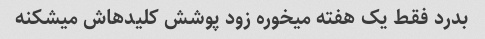
بدرد فقط یک هفته میخوره زود پوشش کلیدهاش میشکنه